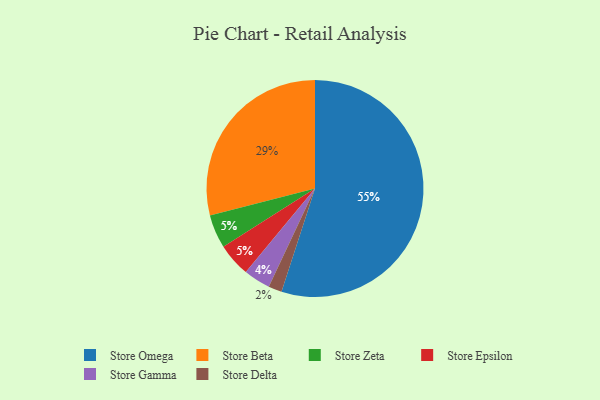
{"axis": {"x": "Category", "y": "Percentage"}, "legend": ["Store Beta", "Store Delta", "Store Epsilon", "Store Gamma", "Store Omega", "Store Zeta"], "data": [{"x": "Store Beta", "y": 29, "type": "Store Beta"}, {"x": "Store Omega", "y": 55, "type": "Store Omega"}, {"x": "Store Delta", "y": 2, "type": "Store Delta"}, {"x": "Store Zeta", "y": 5, "type": "Store Zeta"}, {"x": "Store Gamma", "y": 4, "type": "Store Gamma"}, {"x": "Store Epsilon", "y": 5, "type": "Store Epsilon"}]}